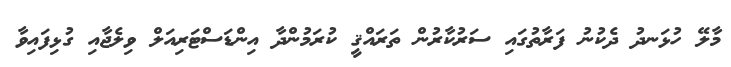
މާލޭ ހުޅަނދު ދެކުނު ފަރާތުގައި ސަރުކާރުން ތަރައްޤީ ކުރަމުންދާ އިންޑަސްޓަރިއަލް ވިލެޖާއި ގުޅިފައިވާ